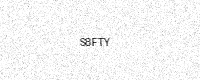
Text: S8FTY